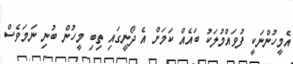
އެމީހުންނަކީ ފުވައްމުލަކު ބައެއް ކަމަށް އެ ދޯނީގައި ތިބި މީހުން ބުނި ނަމަވެސް